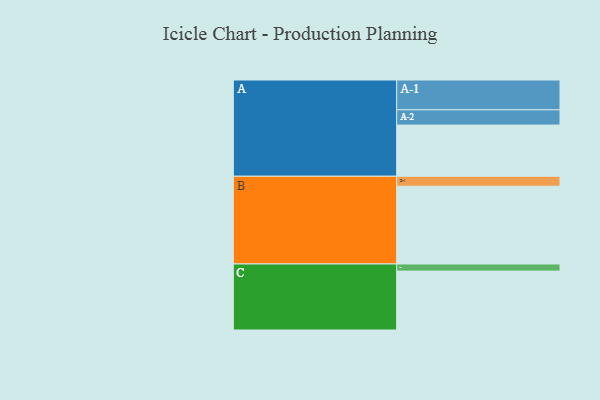
{"axis": {"x": "Segment", "y": "Value"}, "legend": ["", "A", "B", "C"], "data": [{"x": "A", "y": 359, "type": ""}, {"x": "B", "y": 545, "type": ""}, {"x": "C", "y": 413, "type": ""}, {"x": "A-1", "y": 209, "type": "A"}, {"x": "A-2", "y": 107, "type": "A"}, {"x": "B-1", "y": 70, "type": "B"}, {"x": "C-1", "y": 50, "type": "C"}]}